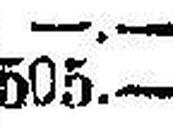
505.—